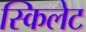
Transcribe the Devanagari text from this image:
स्किलेट